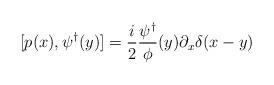
LaTeX: \begin{align*}[p (x), \psi^{\dagger}(y)] = {i\over 2} {\psi^\dagger \over\phi } (y)\partial_x \delta (x-y) \end{align*}